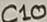
Text: C10